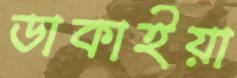
ডাকাইয়া